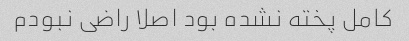
کامل پخته نشده بود اصلا راضی نبودم